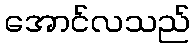
အောင်လသည်